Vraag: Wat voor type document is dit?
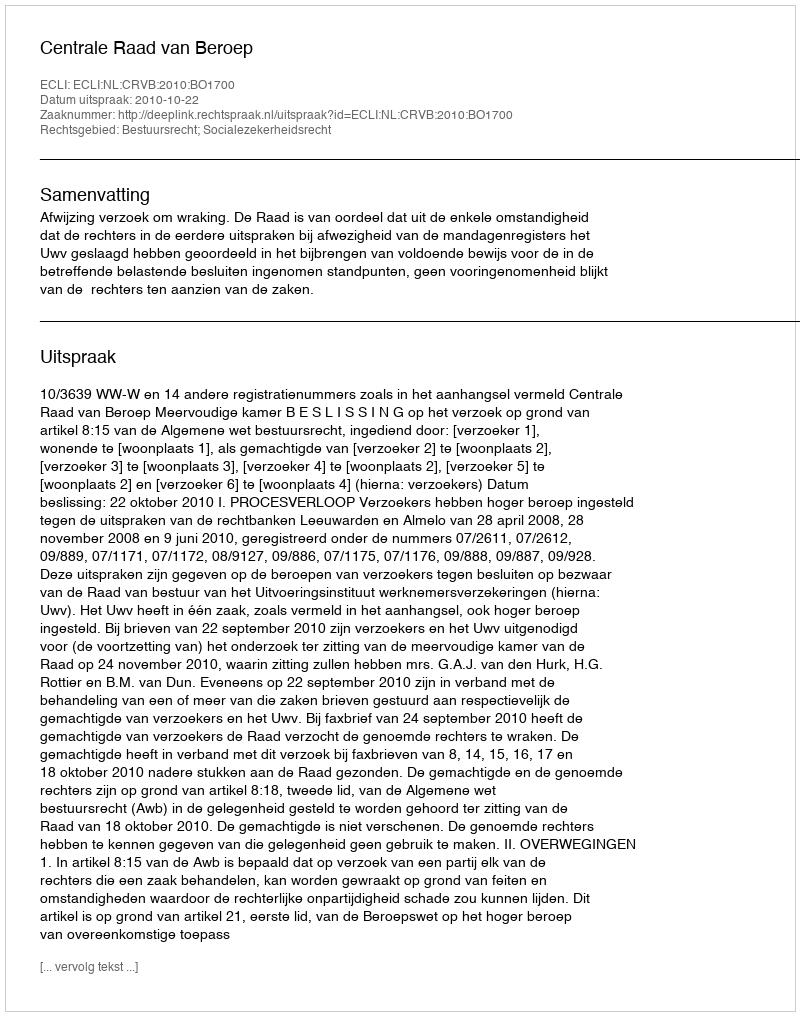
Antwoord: Uitspraak